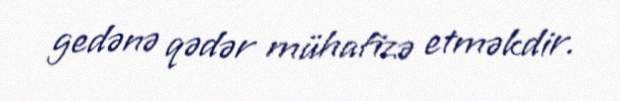
gedənə qədər mühafizə etməkdir.